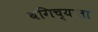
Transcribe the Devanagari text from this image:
बगिच्याला